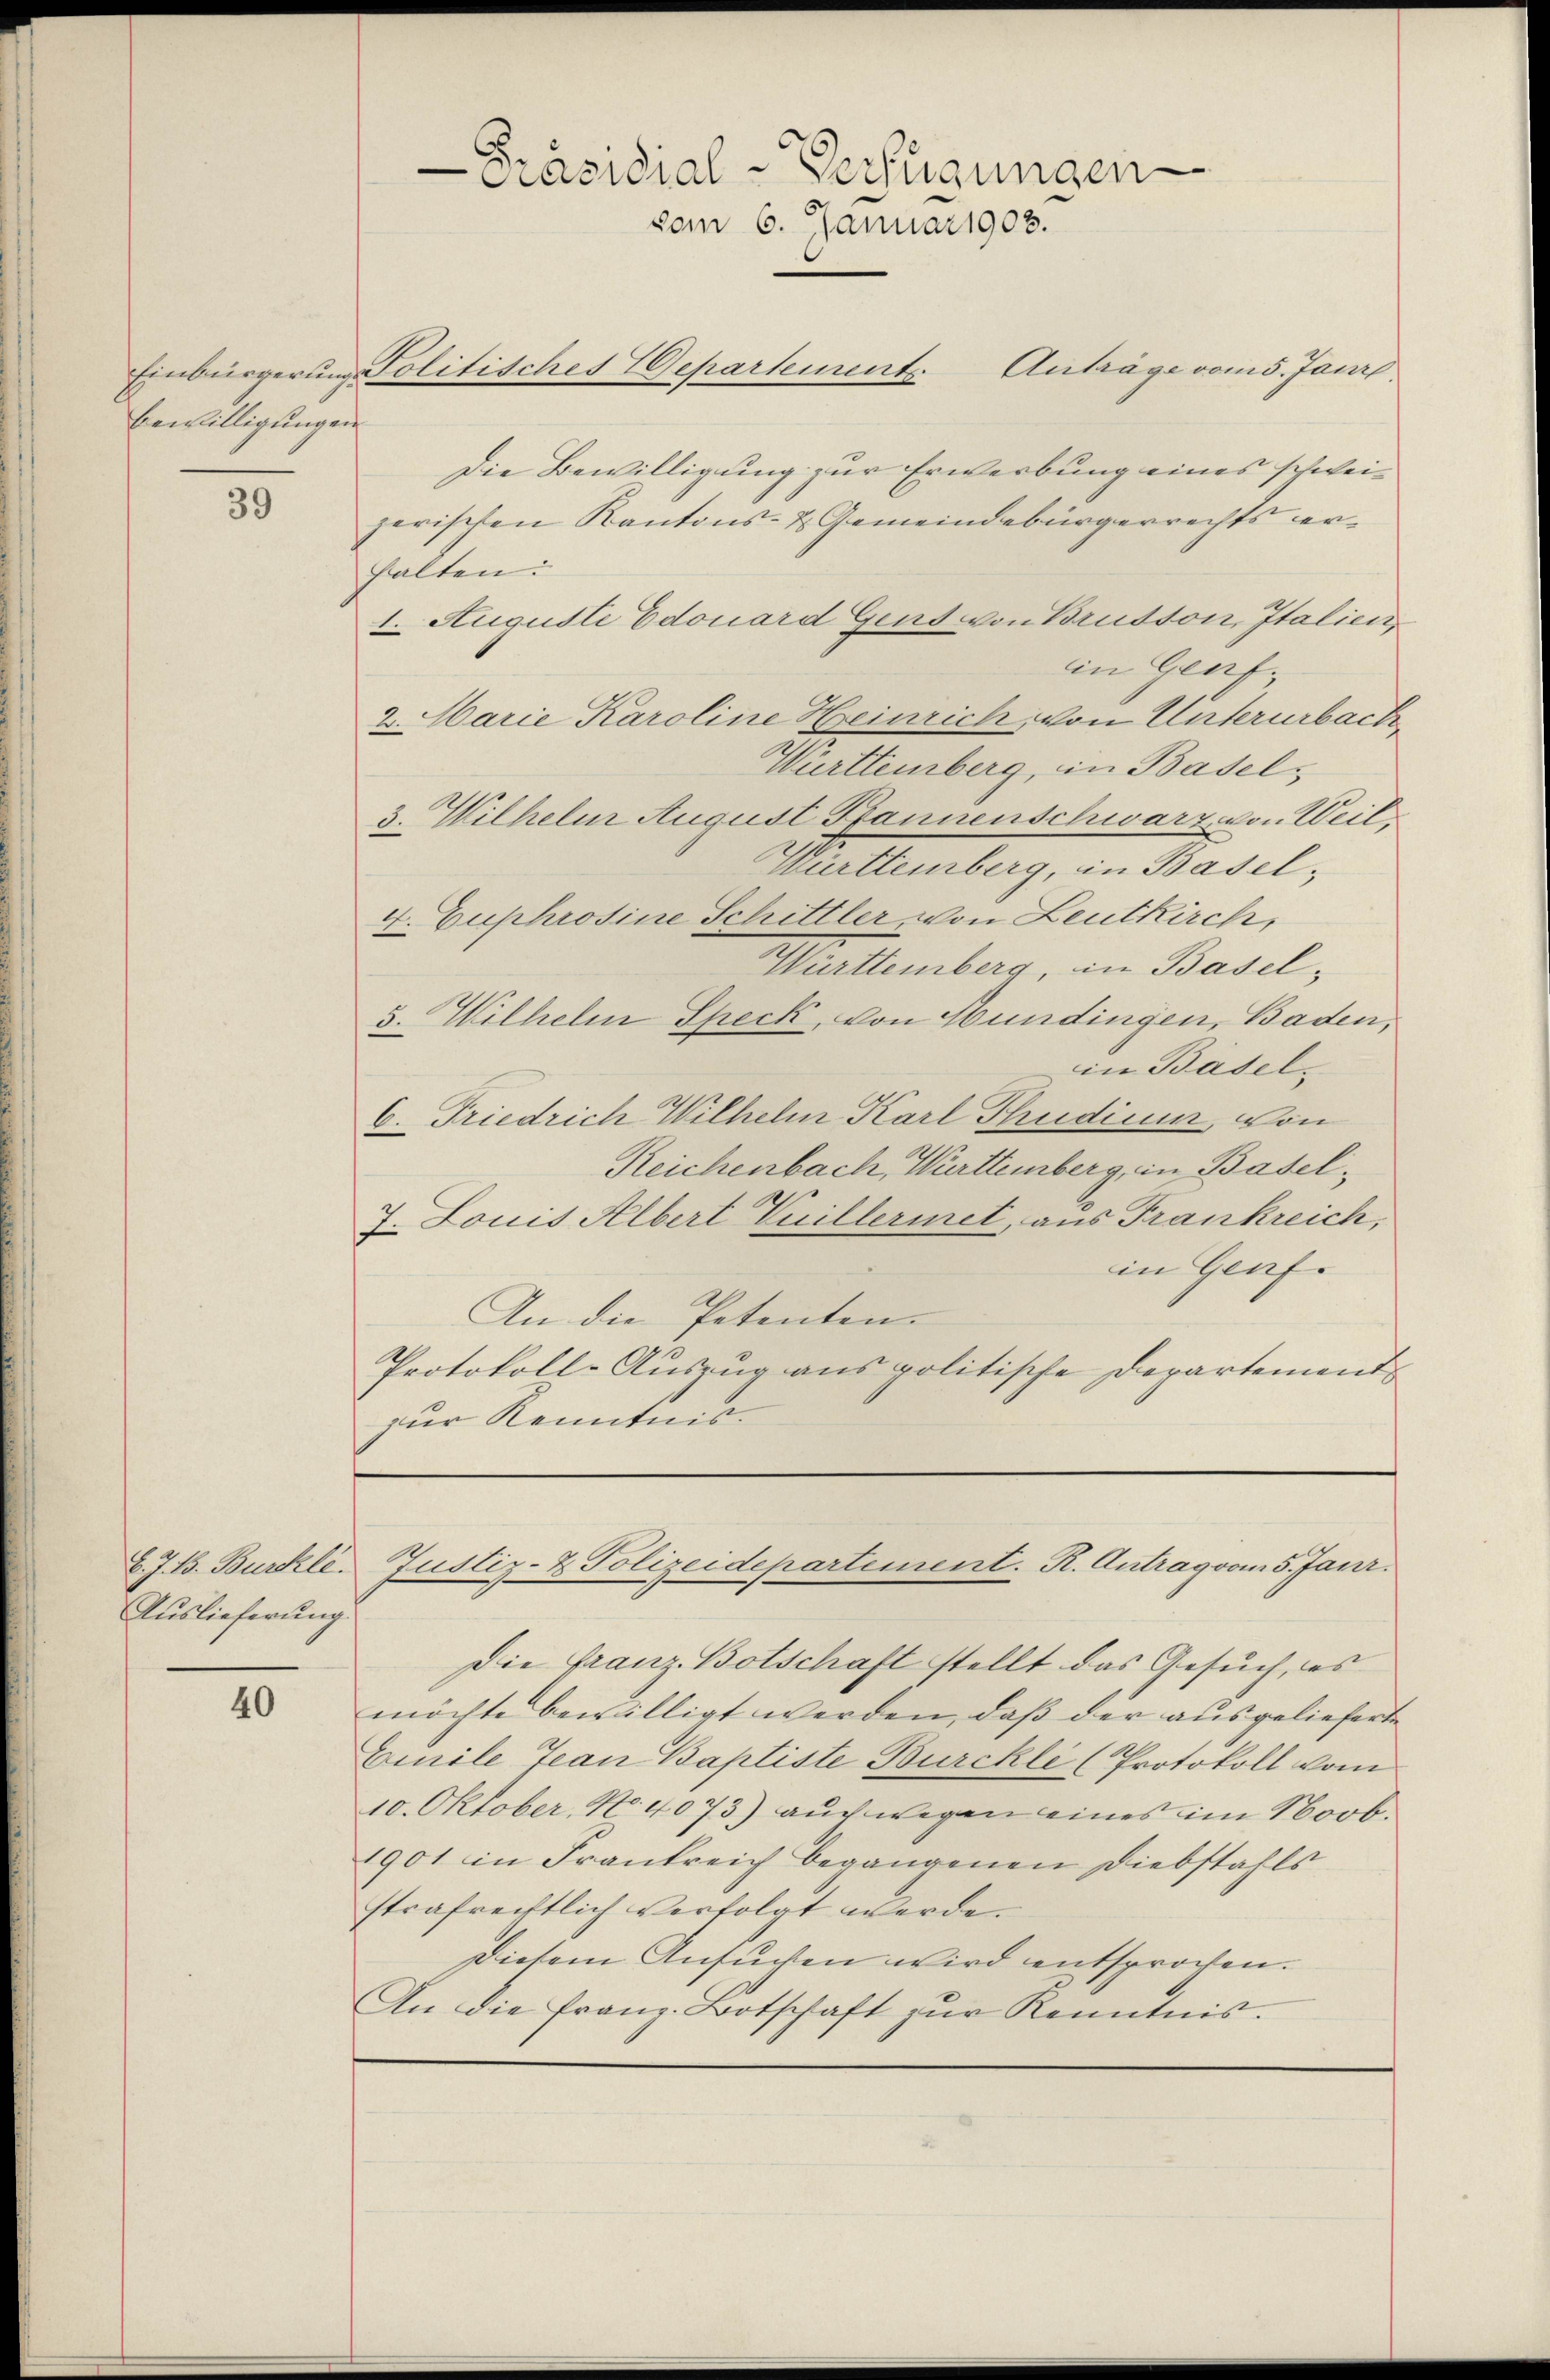
Bewilligungen

39

C. J. B. Burkle.
Auslieferung.

40

Einbürgerung Politisches Departements Anträge vom 5. Janr.
Die Bewilligung zur Erwerbung eines schweizerischen Kantons- & Gemeindebürgerrechts erhalten:
1. Auguste Edouard Gens von Brutton, Italien,
in Genf,
2. Marie Karoline Heinrich, von Unterurbach,
Württemberg, in Basel,
3. Wilhelm August Pfannenschwarz von Weil
Württemberg, in Basel,
4. Euphrosine Schittler, von Leutkirch,
Württemberg, in Basel,
5. Wilhelm Speck, von Hundingen, Baden,
in Basel¬
6. Friedrich Wilhelm Karl Thudium von
Reichenbach, Württemberg, in Basel¬
7. Louis Albert Vuilleriet, aus Frankreich,
in Genf.
An die Petenten.
Protokoll-Auszug aus politische Departement
zur Kenntnis.

Die Franz Botschaft stellt das Gesuch, es
möchte bewilligt werden, daß der ausgelieferte
Emile Tean Baptiste Burckli (Protokoll vom
10. Oktober, No. 4073) auch wegen eines im Novb.
1901 in Frankreich begangenen Diebstahls
strafrechtlich verfolgt werde.
Diesem Ansuchen wird entsprochen.
An die franz-Botschaft zŭr Kenntnis.

-Präsidial-Verfügungen
vom 6. Januar 1908.

Justiz- & Polizeidepartement. R. Antrag vom 5. Janr.